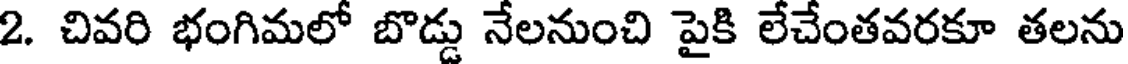
2. చివరి భంగిమలో బొడ్డు నేలనుంచి పైకి లేచేంతవరకూ తలను